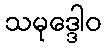
သမုဒ္ဒေါဝ